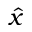
\hat { x }